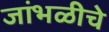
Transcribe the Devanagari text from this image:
जांभळीचे